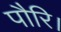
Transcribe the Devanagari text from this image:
पौरि।